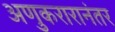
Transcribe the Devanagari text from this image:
अणुकरारानंतर